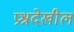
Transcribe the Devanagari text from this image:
प्रश्नदेखील